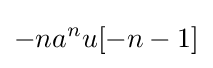
-na^{n}u[-n-1]